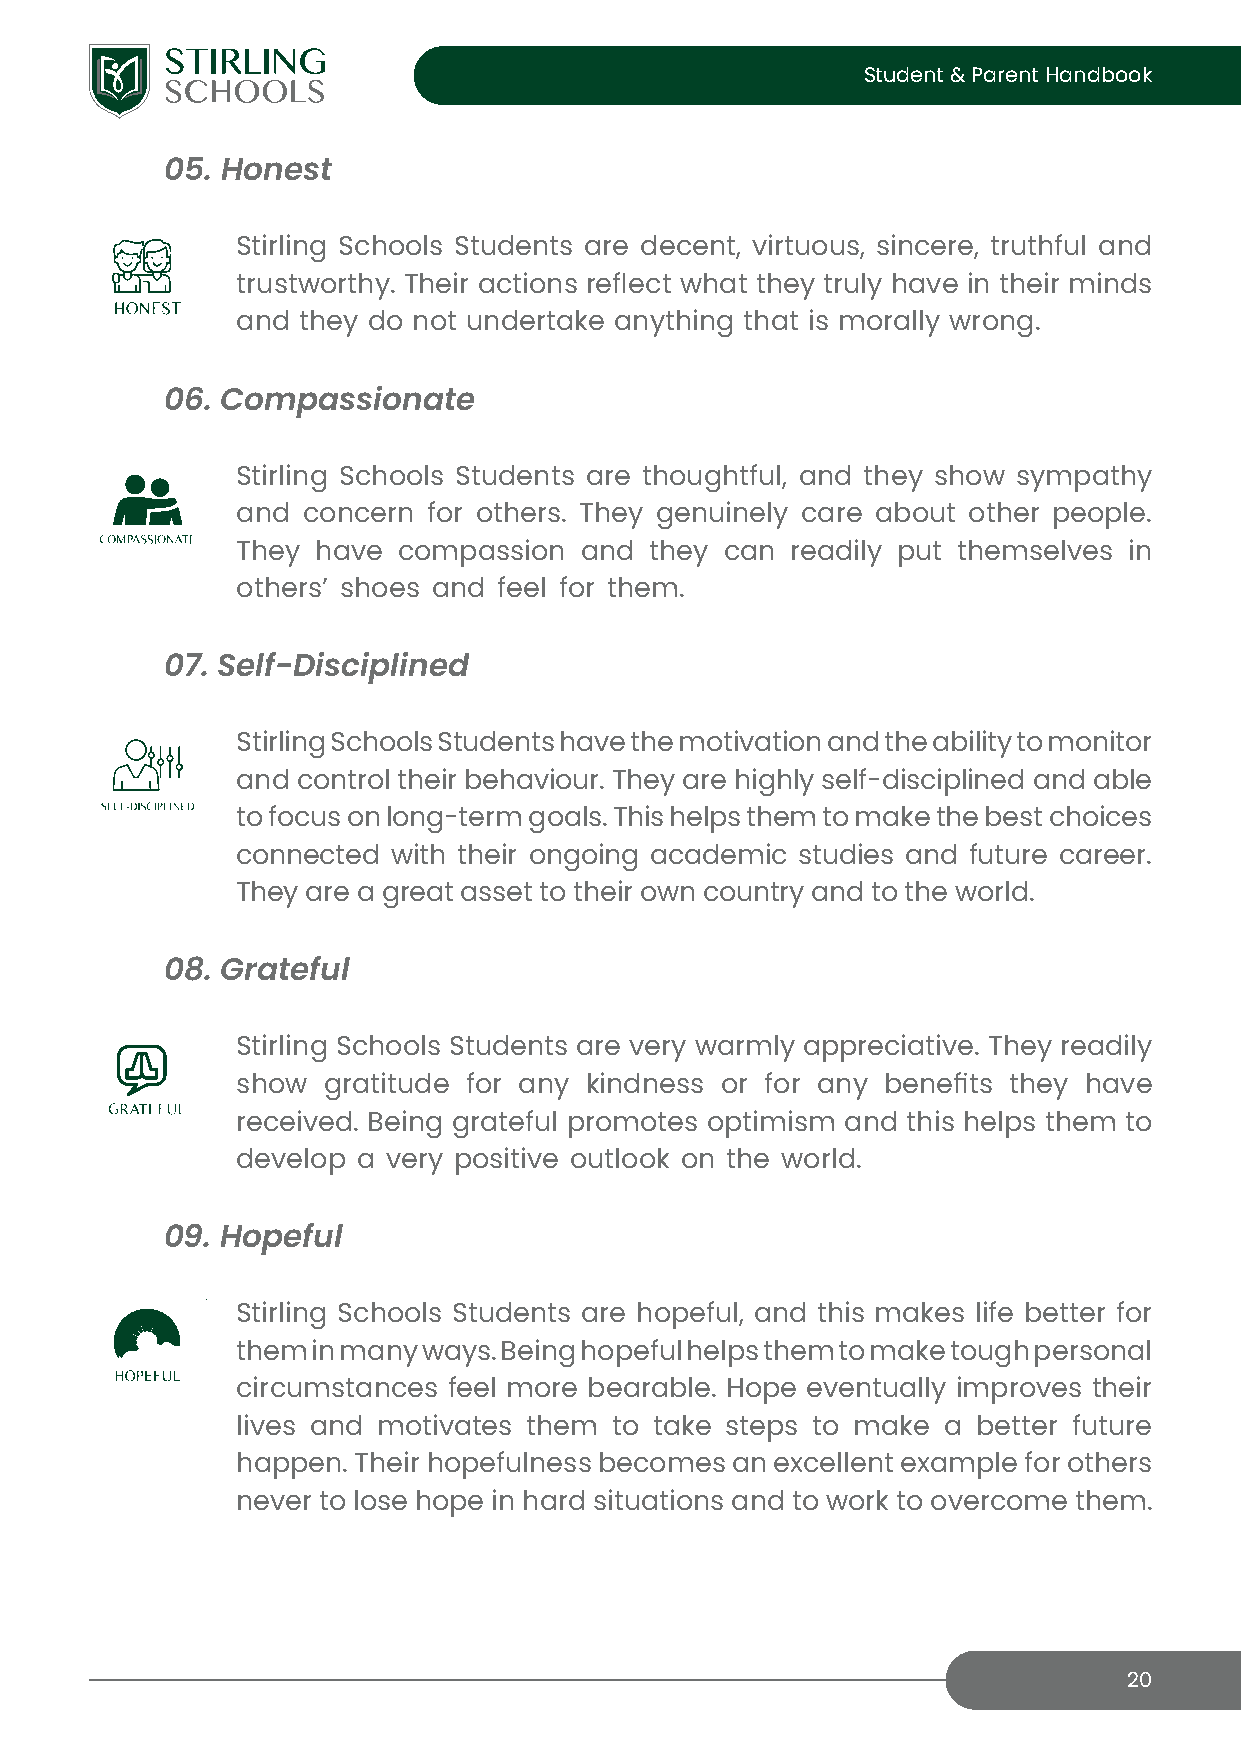
Student & Parent Handbook
 05. Honest
 Stirling Schools Students are decent, virtuous, sincere, truthful and
 trustworthy. Their actions reflect what they truly have in their minds
 and they do not undertake anything that is morally wrong.
 06. Compassionate
 Stirling Schools Students are thoughtful, and they show sympathy
 and concern for others. They genuinely care about other people.
 They have compassion  and  they can readily put themselves in
 others’ shoes and feel for them.
 07. Self-Disciplined
 Stirling Schools Students have the motivation and the ability to monitor
 and control their behaviour. They are highly self-disciplined and able
 to focus on long-term goals. This helps them to make the best choices
 connected with their ongoing academic studies and future career.
 They are a great asset to their own country and to the world.
 08. Grateful
 Stirling Schools Students are very warmly appreciative. They readily
 show gratitude for any kindness or for any benefits they have
 received. Being grateful promotes optimism and this helps them to
 develop a very positive outlook on the world.
 09. Hopeful
 Stirling Schools Students are hopeful, and this makes life better for
 them in many ways. Being hopeful helps them to make tough personal
 circumstances feel more bearable. Hope eventually improves their
 lives and motivates them to take steps to make a better future
 happen. Their hopefulness becomes an excellent example for others
 never to lose hope in hard situations and to work to overcome them.
 20